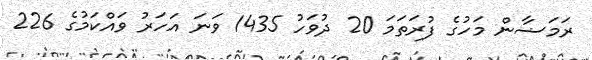
ރަމަޟާން މަހުގެ ފުރަތަމަ 20 ދުވަހު 1435 ވަނަ އަހަރު ވައްކަމުގެ 226